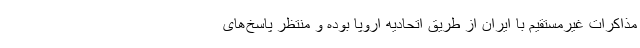
مذاکرات غیرمستقیم با ایران از طریق اتحادیه اروپا بوده و منتظر پاسخ‌های